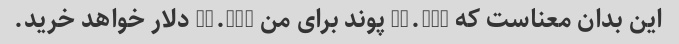
این بدان معناست که 10.000 پوند برای من 18.500 دلار خواهد خرید.